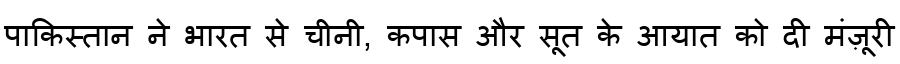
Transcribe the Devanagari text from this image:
पाकिस्तान ने भारत से चीनी, कपास और सूत के आयात को दी मंज़ूरी